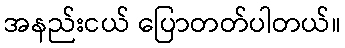
အနည်းငယ် ပြောတတ်ပါတယ်။